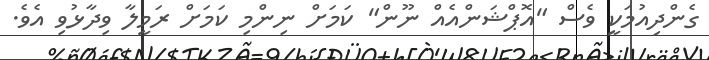
ގެންދިއުމަކީ ވެސް "އޮޕްޝަންއެއް ނޫން" ކަމަށް ނިންމި ކަމަށް ރަމީލާ ވިދާޅުވި އެވެ.